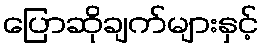
ပြောဆိုချက်များနှင့်